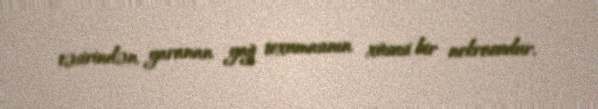
təsirindən yaranan yağ toxumasının xüsusi bir nekrozudur.